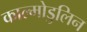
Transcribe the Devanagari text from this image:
काल्मोडुलिन